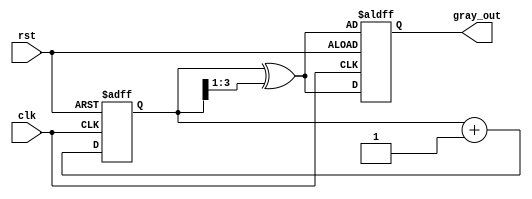
module gray_code_counter (
    input wire clk,           // Clock signal
    input wire rst,           // Asynchronous reset signal
    output reg [3:0] gray_out // Gray code output (4-bit)
);

    reg [3:0] bin_count; // Internal binary counter

    // Convert binary count to Gray code
    function [3:0] binary_to_gray;
        input [3:0] binary;
        begin
            binary_to_gray = binary ^ (binary >> 1);
        end
    endfunction

    // Sequential logic to handle counting and Gray code conversion
    always @(posedge clk or posedge rst) begin
        if (rst) begin
            // Reset the binary counter and Gray code output
            bin_count <= 4'b0000;
            gray_out <= binary_to_gray(bin_count);
        end else begin
            // Increment the binary counter
            bin_count <= bin_count + 1;
            // Update the Gray code output
            gray_out <= binary_to_gray(bin_count);
        end
    end

endmodule